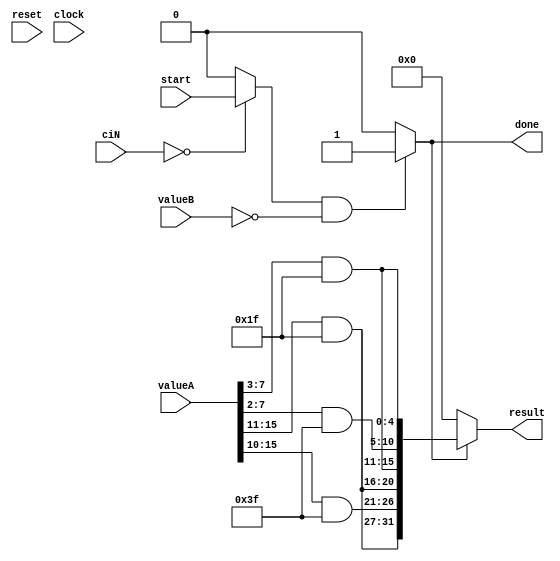
module grayscale_conv #(parameter [7:0] customInstructionId = 8'd0)
(
    input wire start,
    input wire reset,
    input wire clock,
    input wire [31:0] valueA,
    input wire [31:0] valueB,
    input wire [7:0] ciN,
    output wire done,
    output wire [31:0] result
);

wire [15:0] pixel1RGB;
wire [15:0] pixel2RGB;
wire [31:0] pixelsRGB;

wire [7:0] pixel1Gray;
wire [7:0] pixel2Gray;

wire [4:0] red_px1;
wire [5:0] green_px1; 
wire [4:0] blue_px1; 

wire [4:0] red_px2;
wire [5:0] green_px2;
wire [4:0] blue_px2;

wire s_isMyGrayscale = (ciN == customInstructionId) ? start : 1'b0;

assign pixel1Gray = valueA[7:0];
assign pixel2Gray = valueA[15:8];

assign done = (s_isMyGrayscale && (valueB == 0)) ? 1'b1 : 1'b0;
assign result = done ? pixelsRGB : 32'd0;



assign red_px1 = (pixel1Gray[7:3] & 5'b11111);  // Mask with 0x1F for 5 bits
assign green_px1 = (pixel1Gray[7:2] & 6'b111111); // Mask with 0x3F for 6 bits
assign blue_px1 = (pixel1Gray[7:3] & 5'b11111);  // Mask with 0x1F for 5 bits

assign red_px2 = (pixel2Gray[7:3] & 5'b11111);  // Mask with 0x1F for 5 bits
assign green_px2 = (pixel2Gray[7:2] & 6'b111111); // Mask with 0x3F for 6 bits
assign blue_px2 = (pixel2Gray[7:3] & 5'b11111);  // Mask with 0x1F for 5 bits

assign pixel1RGB = {red_px1, green_px1, blue_px1};
assign pixel2RGB = {red_px2, green_px2, blue_px2};

assign pixelsRGB = {pixel2RGB, pixel1RGB};

endmodule